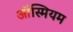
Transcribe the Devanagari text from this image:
ऑस्मियम